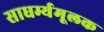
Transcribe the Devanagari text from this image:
साधर्म्यमूलक